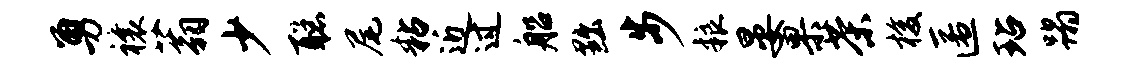
勇禳蓊少聪尾粘近过船黜步粮晏果茶梭匿玷蹋